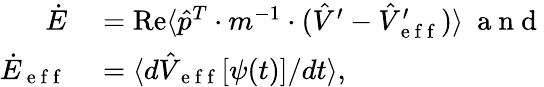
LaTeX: \begin{array}{rl}{\dot{E}}&{{}=\operatorname{Re}\langle\hat{p}^{T}\cdot m^{-1}\cdot(\hat{V}^{\prime}-\hat{V}_{\mathrm{~e~f~f~}}^{\prime})\rangle\mathrm{~\ a~n~d~}}\\ {\dot{E}_{\mathrm{~e~f~f~}}}&{{}=\langle d\hat{V}_{\mathrm{~e~f~f~}}[\psi(t)]/dt\rangle,}\end{array}